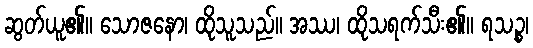
ဆွတ်ယူ၏။ သောဇနော၊ ထိုသူသည်။ အဿ၊ ထိုသရက်သီး၏။ ရသဉ္စ၊